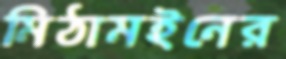
মিঠামইনের